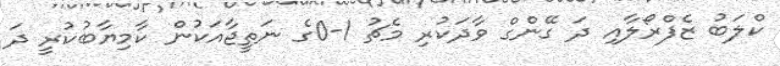
ކްލަބު ޒެފްރޯލާއި ދަ ގޭންގް ވާދަކުރި މެޗު 1-0ގެ ނަތީޖާއަކުން ކާމިޔާބުކުރީ ދަ